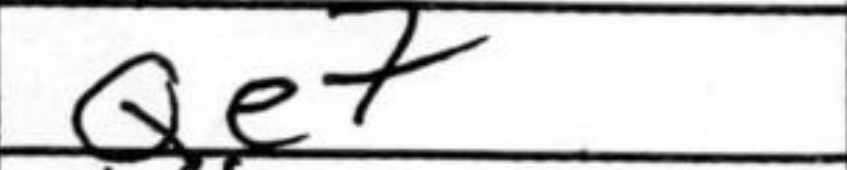
Transcription: Qe7